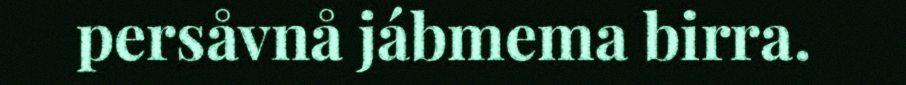
persåvnå jábmema birra.